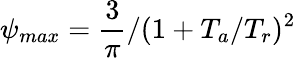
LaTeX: {\psi}_{max}={\frac{3}{\pi}}/(1+T_{a}/T_{r})^{2}